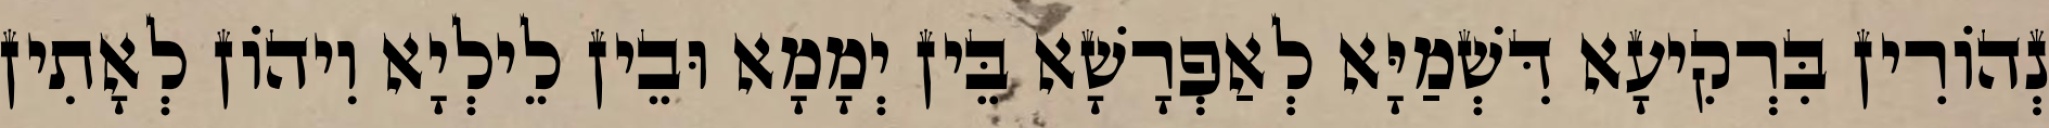
נְהוֹרִין בִּרְקִיעָא דִּשְׁמַיָּא לְאַפְרָשָׁא בֵּין יְמָמָא וּבֵין לֵילְיָא וִיהוֹן לְאָתִין